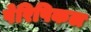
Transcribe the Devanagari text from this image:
पेरिपिकल